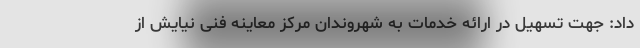
داد: جهت تسهیل در ارائه خدمات به شهروندان مرکز معاینه فنی نیایش از